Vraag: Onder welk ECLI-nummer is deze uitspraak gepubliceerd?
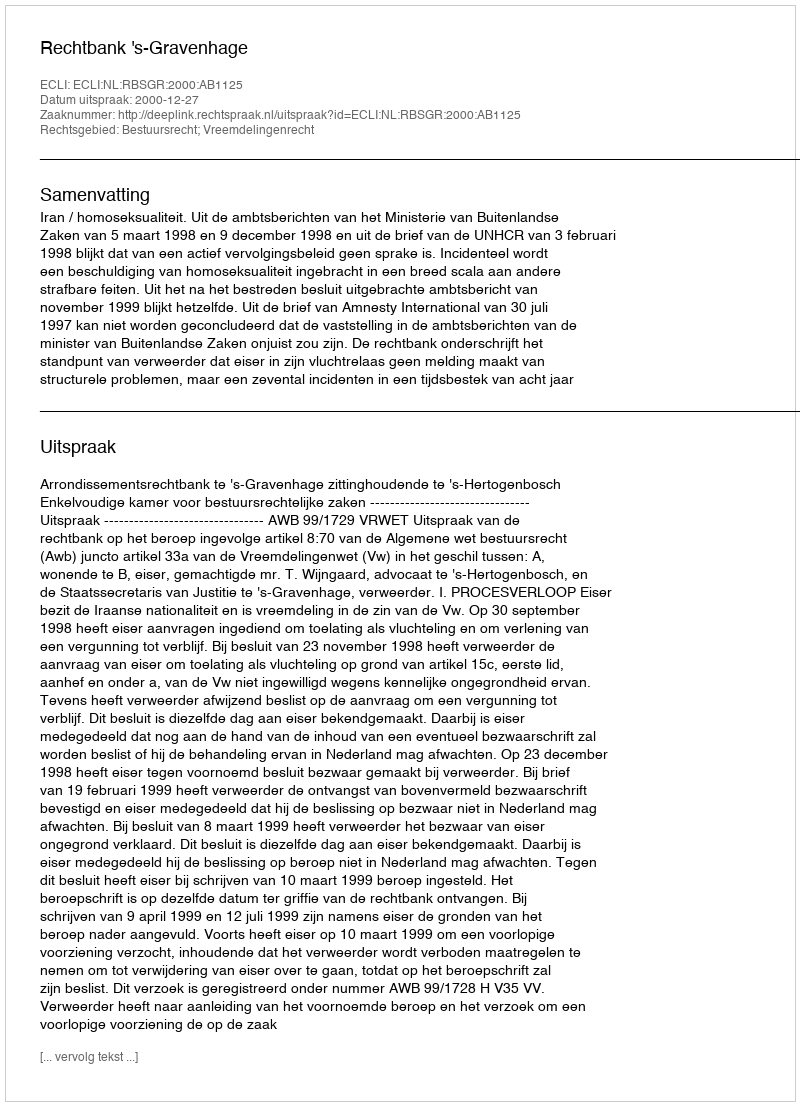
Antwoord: ECLI:NL:RBSGR:2000:AB1125